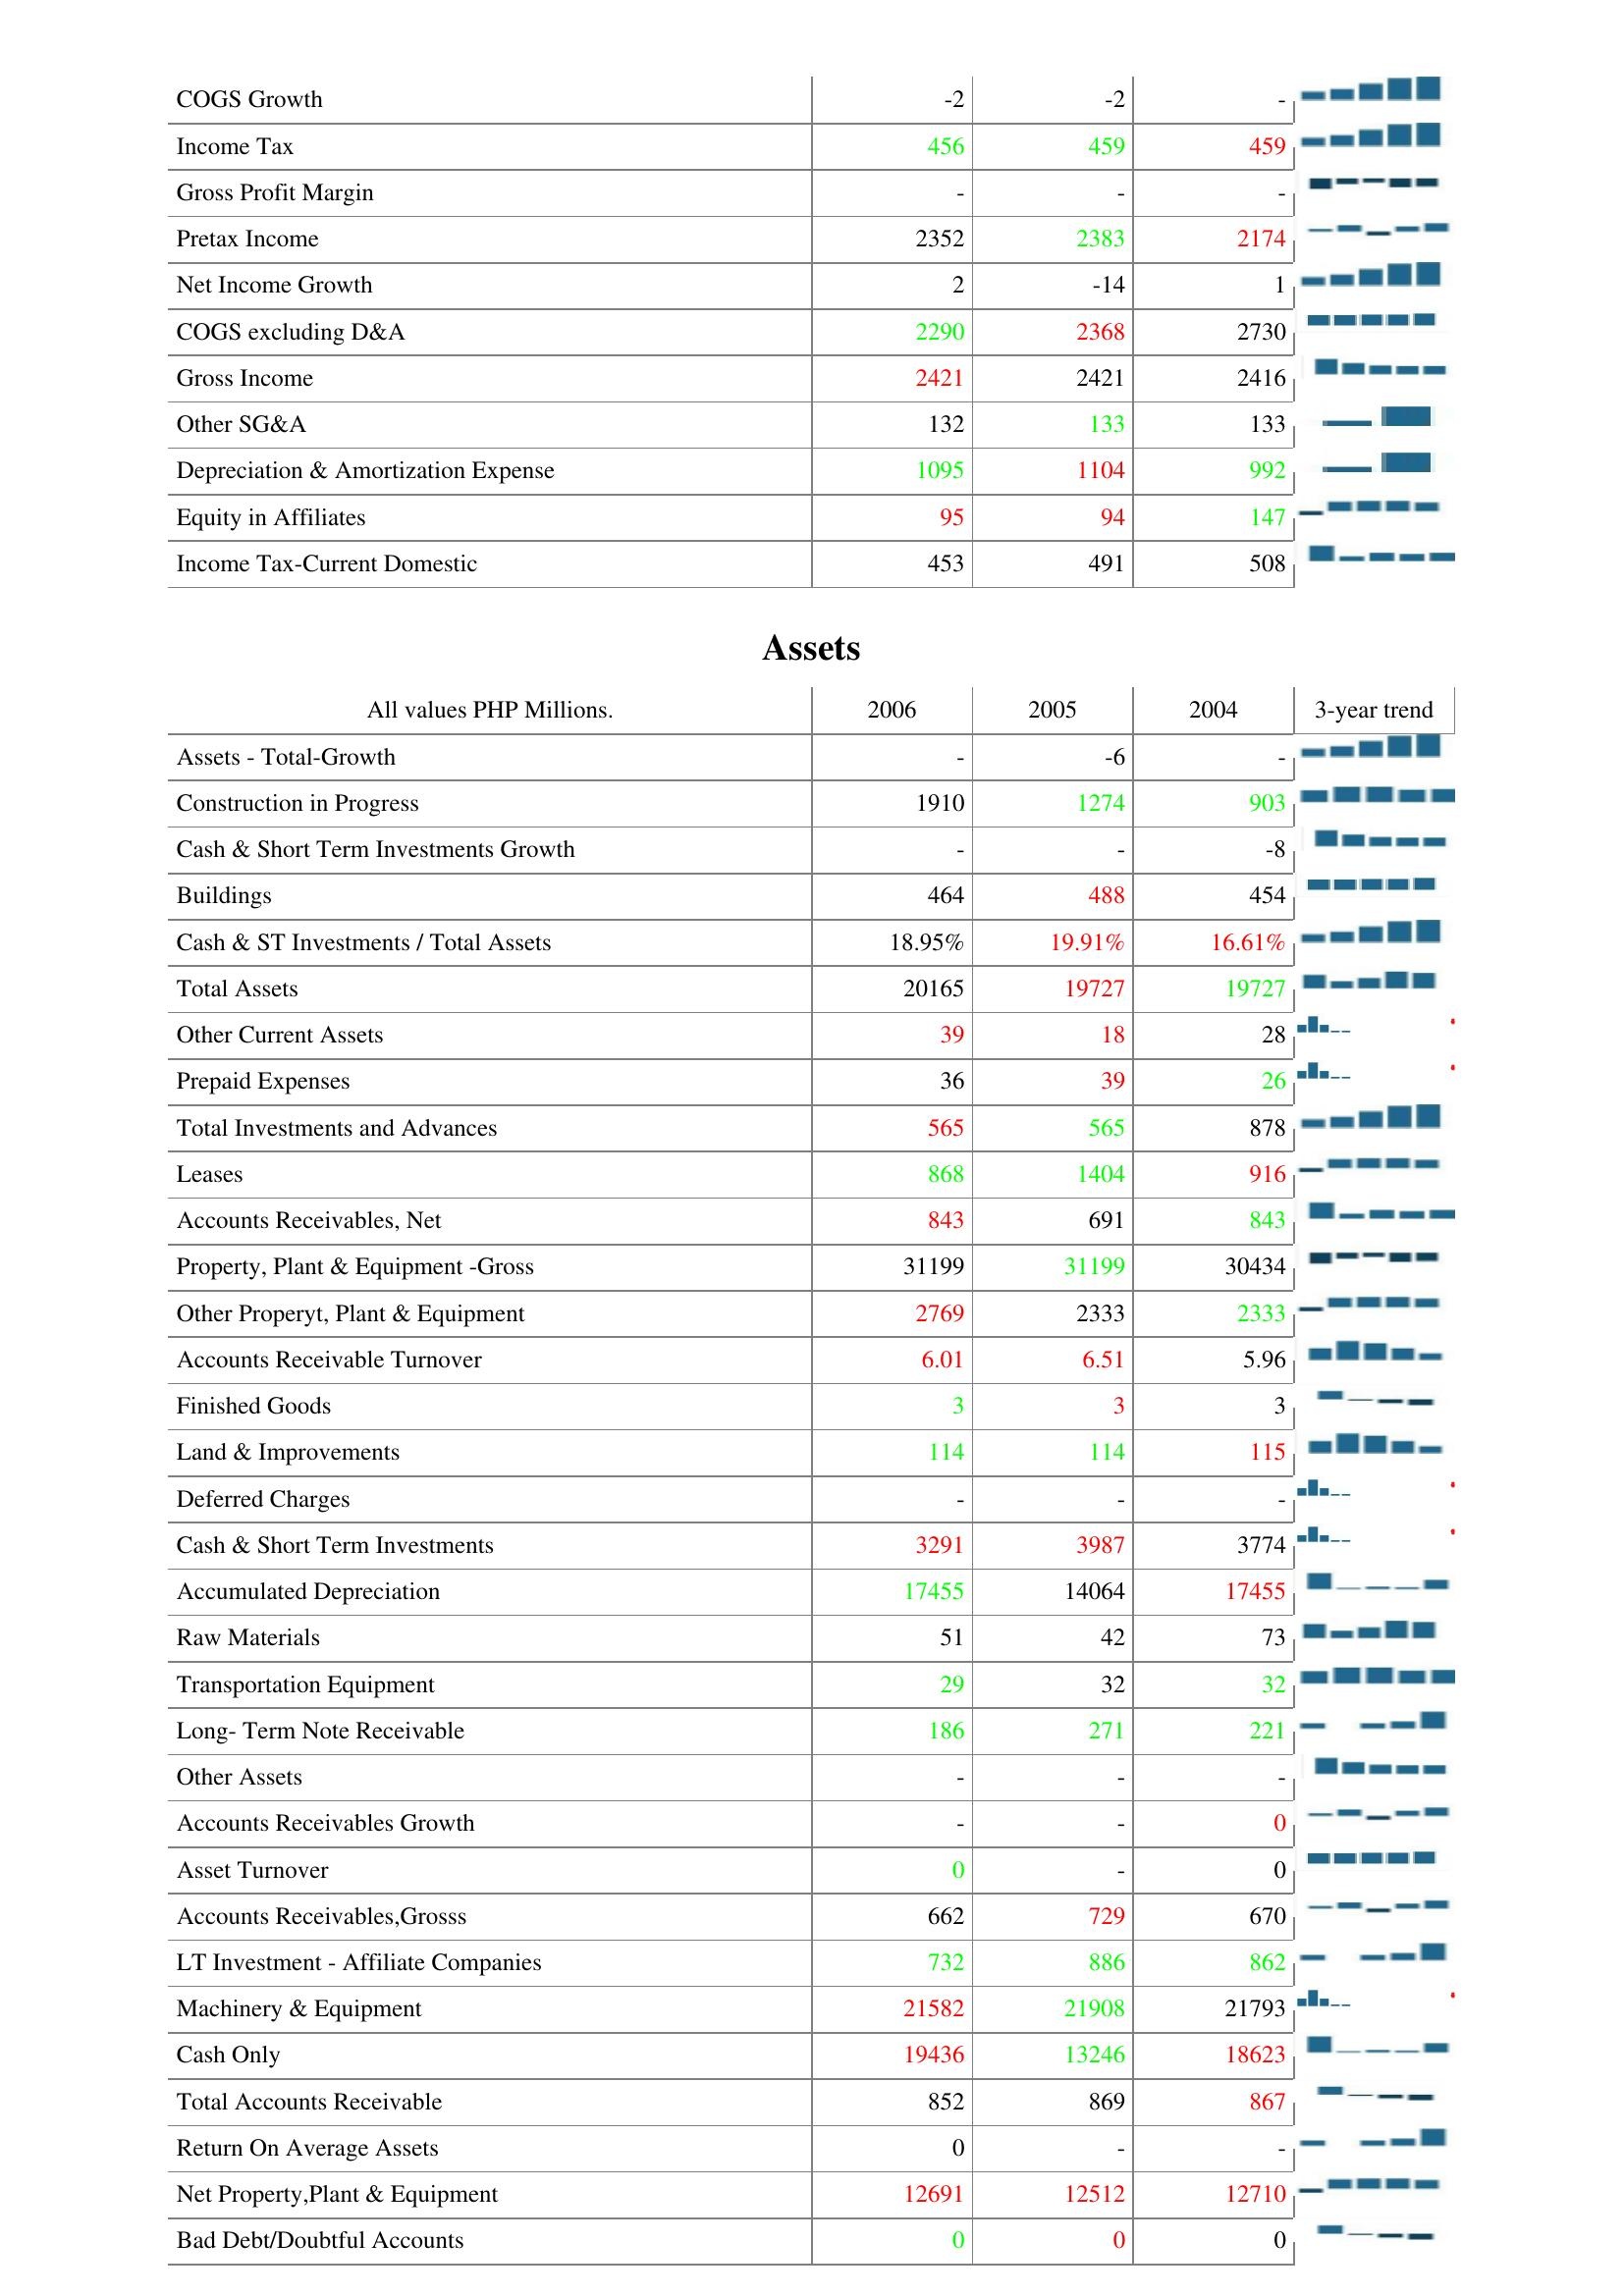
2006: : COGS Growth: -2
Income Tax: 456
Gross Profit Margin: -
Pretax Income: 2352
Net Income Growth: 2
COGS excluding D&A: 2290
Gross Income: 2421
Other SG&A: 132
Depreciation & Amortization Expense: 1095
Equity in Affiliates: 95
Income Tax-Current Domestic: 453
Assets: Assets - Total-Growth: -
Construction in Progress: 1910
Cash & Short Term Investments Growth: -
Buildings: 464
Cash & ST Investments / Total Assets: 18.95%
Total Assets: 20165
Other Current Assets: 39
Prepaid Expenses: 36
Total Investments and Advances: 565
Leases: 868
Accounts Receivables, Net: 843
Property, Plant & Equipment -Gross: 31199
Other Properyt, Plant & Equipment: 2769
Accounts Receivable Turnover: 6.01
Finished Goods: 3
Land & Improvements: 114
Deferred Charges: -
Cash & Short Term Investments: 3291
Accumulated Depreciation: 17455
Raw Materials: 51
Transportation Equipment: 29
Long- Term Note Receivable: 186
Other Assets: -
Accounts Receivables Growth: -
Asset Turnover: 0
Accounts Receivables,Grosss: 662
LT Investment - Affiliate Companies: 732
Machinery & Equipment: 21582
Cash Only: 19436
Total Accounts Receivable: 852
Return On Average Assets: 0
Net Property,Plant & Equipment: 12691
Bad Debt/Doubtful Accounts: 0
2005: : COGS Growth: -2
Income Tax: 459
Gross Profit Margin: -
Pretax Income: 2383
Net Income Growth: -14
COGS excluding D&A: 2368
Gross Income: 2421
Other SG&A: 133
Depreciation & Amortization Expense: 1104
Equity in Affiliates: 94
Income Tax-Current Domestic: 491
Assets: Assets - Total-Growth: -6
Construction in Progress: 1274
Cash & Short Term Investments Growth: -
Buildings: 488
Cash & ST Investments / Total Assets: 19.91%
Total Assets: 19727
Other Current Assets: 18
Prepaid Expenses: 39
Total Investments and Advances: 565
Leases: 1404
Accounts Receivables, Net: 691
Property, Plant & Equipment -Gross: 31199
Other Properyt, Plant & Equipment: 2333
Accounts Receivable Turnover: 6.51
Finished Goods: 3
Land & Improvements: 114
Deferred Charges: -
Cash & Short Term Investments: 3987
Accumulated Depreciation: 14064
Raw Materials: 42
Transportation Equipment: 32
Long- Term Note Receivable: 271
Other Assets: -
Accounts Receivables Growth: -
Asset Turnover: -
Accounts Receivables,Grosss: 729
LT Investment - Affiliate Companies: 886
Machinery & Equipment: 21908
Cash Only: 13246
Total Accounts Receivable: 869
Return On Average Assets: -
Net Property,Plant & Equipment: 12512
Bad Debt/Doubtful Accounts: 0
2004: : COGS Growth: -
Income Tax: 459
Gross Profit Margin: -
Pretax Income: 2174
Net Income Growth: 1
COGS excluding D&A: 2730
Gross Income: 2416
Other SG&A: 133
Depreciation & Amortization Expense: 992
Equity in Affiliates: 147
Income Tax-Current Domestic: 508
Assets: Assets - Total-Growth: -
Construction in Progress: 903
Cash & Short Term Investments Growth: -8
Buildings: 454
Cash & ST Investments / Total Assets: 16.61%
Total Assets: 19727
Other Current Assets: 28
Prepaid Expenses: 26
Total Investments and Advances: 878
Leases: 916
Accounts Receivables, Net: 843
Property, Plant & Equipment -Gross: 30434
Other Properyt, Plant & Equipment: 2333
Accounts Receivable Turnover: 5.96
Finished Goods: 3
Land & Improvements: 115
Deferred Charges: -
Cash & Short Term Investments: 3774
Accumulated Depreciation: 17455
Raw Materials: 73
Transportation Equipment: 32
Long- Term Note Receivable: 221
Other Assets: -
Accounts Receivables Growth: 0
Asset Turnover: 0
Accounts Receivables,Grosss: 670
LT Investment - Affiliate Companies: 862
Machinery & Equipment: 21793
Cash Only: 18623
Total Accounts Receivable: 867
Return On Average Assets: -
Net Property,Plant & Equipment: 12710
Bad Debt/Doubtful Accounts: 0